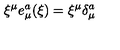
\xi ^ { \mu } e _ { \mu } ^ { a } ( \xi ) = \xi ^ { \mu } \delta _ { \mu } ^ { a }